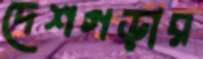
দেশগড়ার